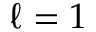
\ell = 1